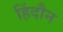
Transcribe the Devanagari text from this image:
हिंदौन